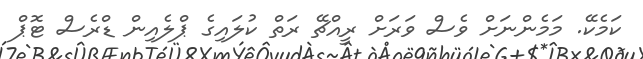
ކަމެކޭ. މަމެންނަށް ވެސް ވަރަށް ރީއްޗޭ ރަތް ކުލައިގެ ޕްލެއިން ޑްރެސް ޓޮޕް